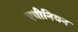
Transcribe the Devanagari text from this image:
एथीनियन